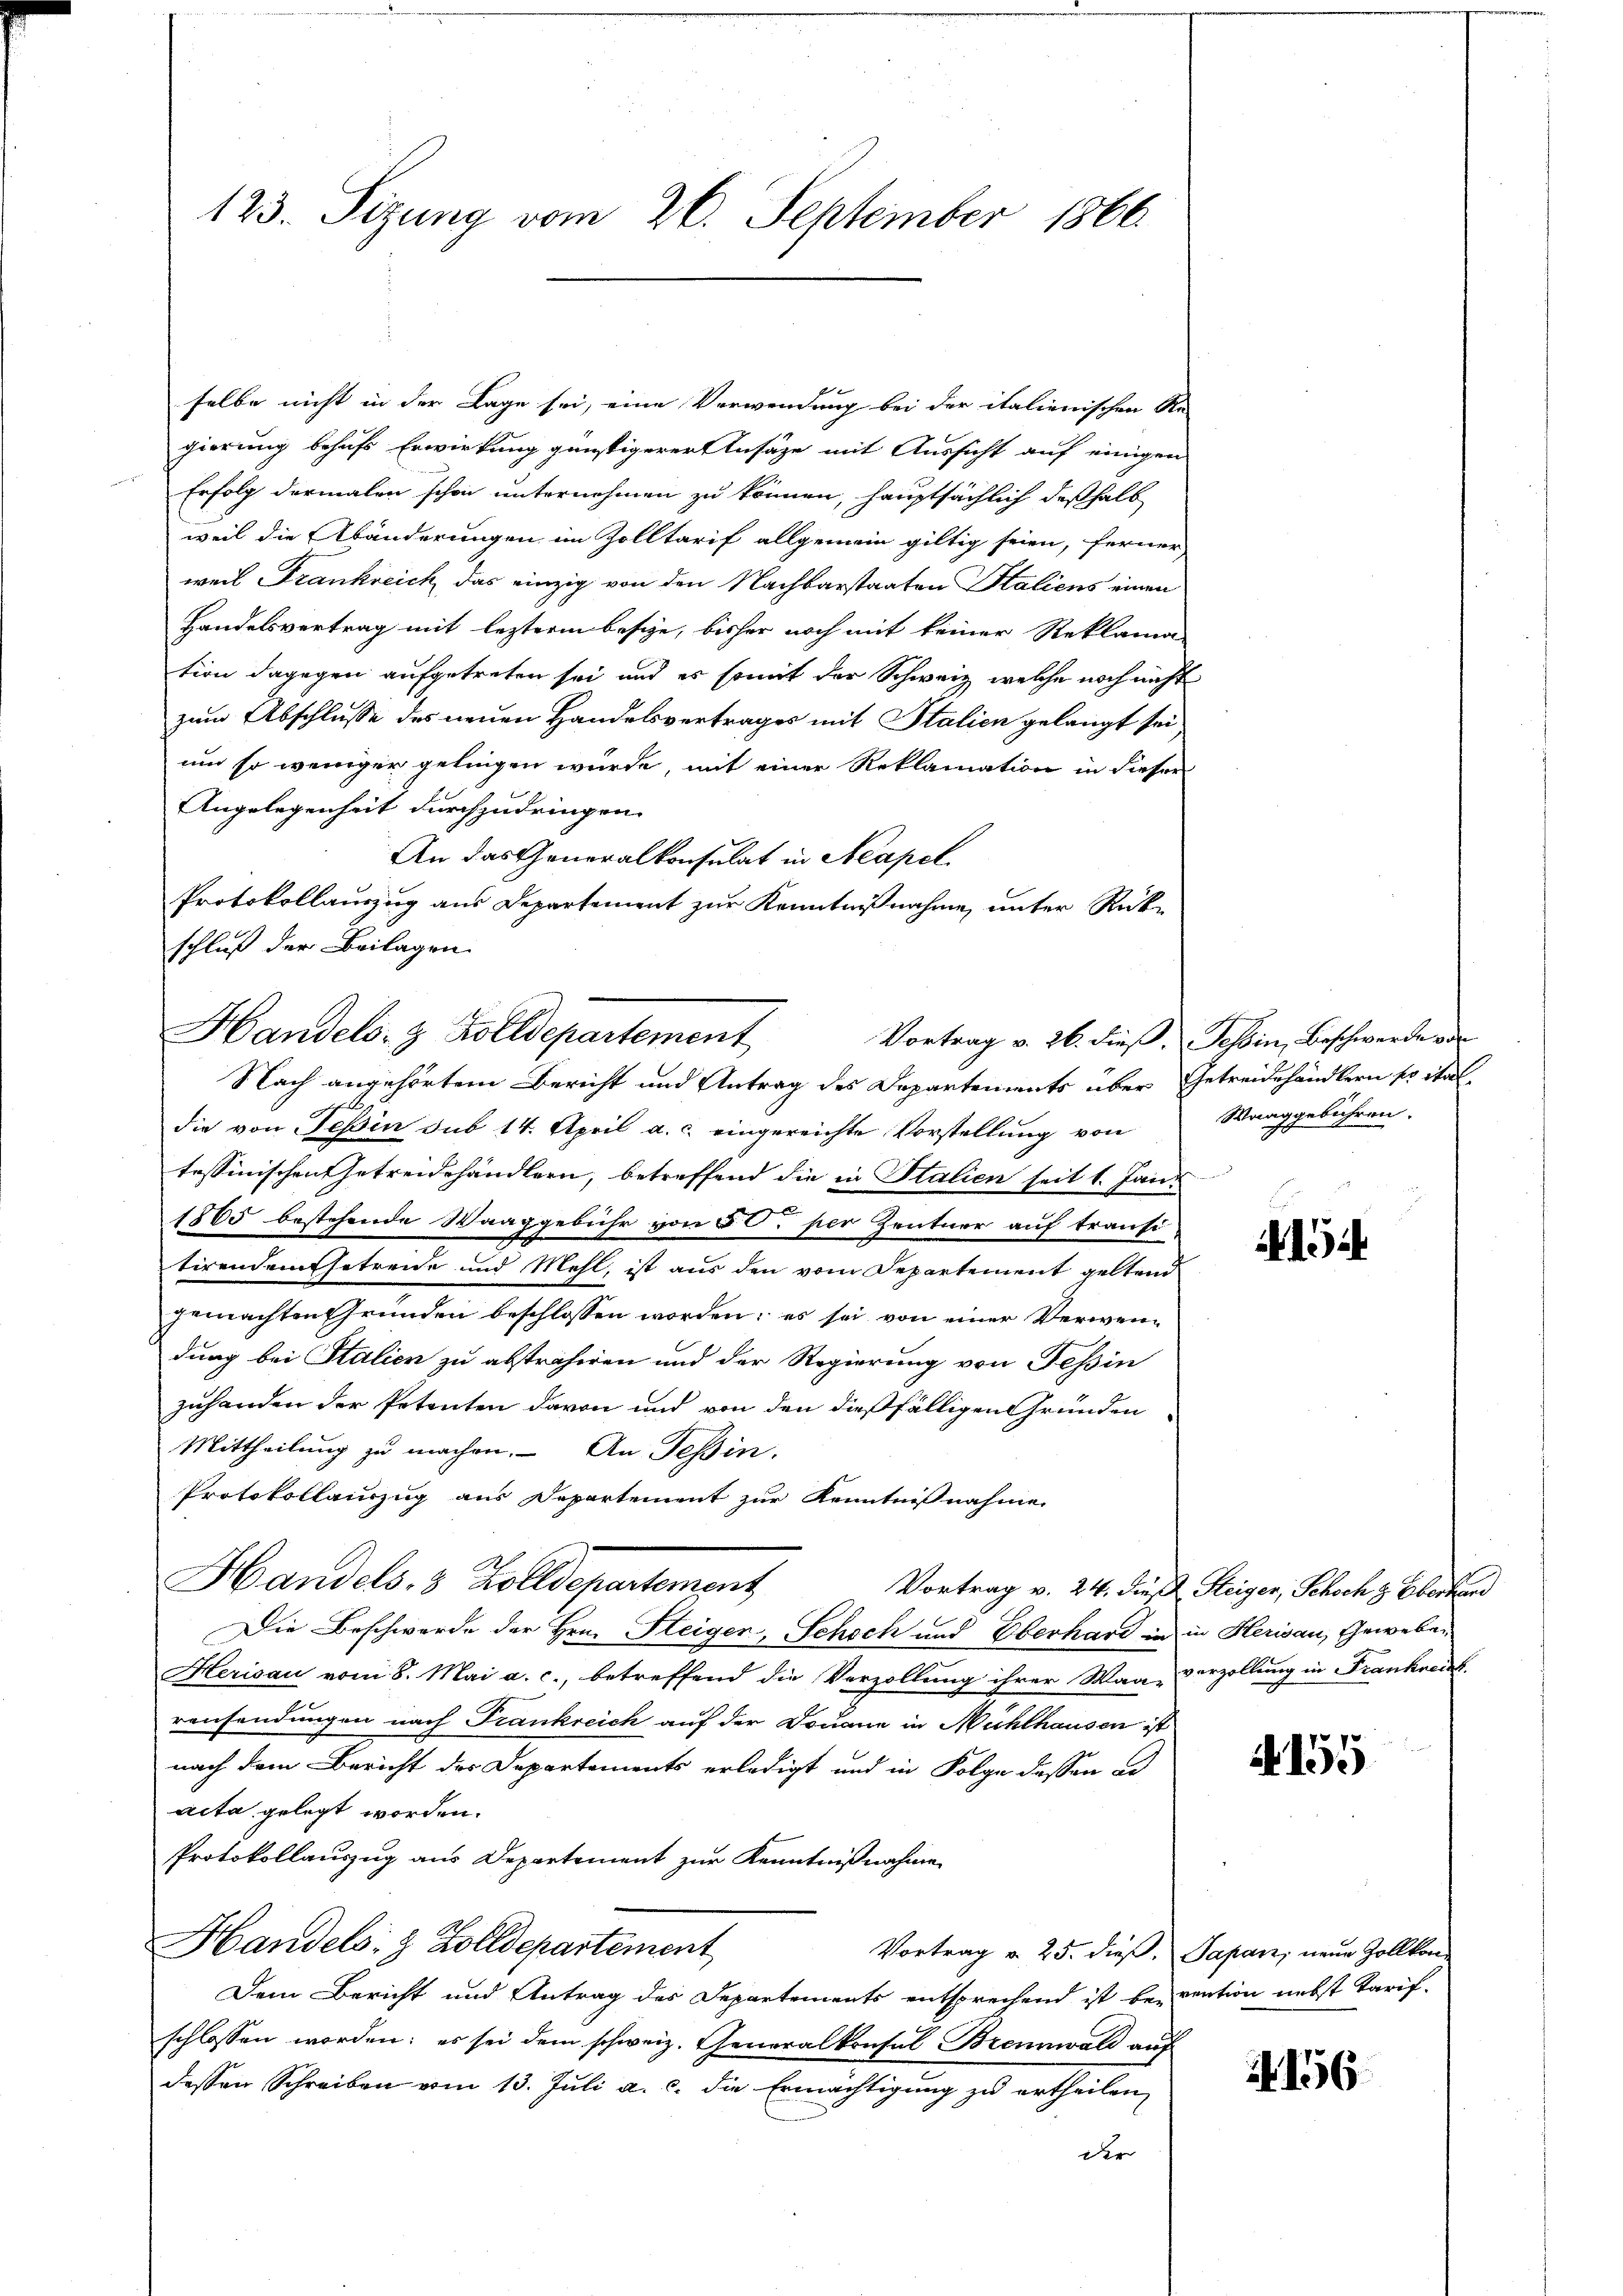
123. Sizung vom 26. September 1866

selbe nicht in der Lage sei, eine Verwendung bei der italienischen Re-
gierung behufs Erwirkung günstigerer Ansäze mit Aussicht auf einigen
Erfolg dermalen schon unternehmen zu können, hauptsächlich deßhalb
weil die Abänderungen im Zolltarif allgemein giltig seien, ferner
weil Frankreich das einzig von den Nachbarstaaten Staliens einen
Handelsvertrag mit lezterm besize, bisher noch mit keiner Reklama-
tion dagegen aufgetreten sei und es somit der Schweiz, welche noch nicht
zum Abschlusse des neuen Handelsvertrages mit Stalien gelangt sei,
um so weniger gelingen würde, mit einer Reklamation in dieser
Angelegenheit durchzudringen.
An das Generalkonsulat in Neapel
Protokollauszug aus Departement zur Kenntnißnahme, unter Rück-
schluß der Beilagen.
die von Tessin sub 14. April a. c. eingereichte Vorstellung von
tessinischen Getreidehändlern, betreffend die in Stalien seit 1. Jan.
1865 bestehende Waaggebühr von § 6. per Zentner auf trausi
tirendem Getreide und Mehl, ist aus den vom Departement geltend
gemachten Gründen beschlossen worden; es sei von einer Verwendung bei Stalien zu abstrahiren und der Regierung von Tessin
zuhanden der Petenten davon und von den dießfälligen Gründen
Mittheilung zu machen. An Teßin.
Protokollauszug aus Departement zur Kenntnisnahme
Handels. 8 Zolldepartement,
Die Beschwerde der Hrn. Steigen, Schoch und Oberhard in in Herisau, Gewebe¬
Herisau vom 8. Mai a. c., betreffend die Verzollung ihrer Wag verzollung in Frankreich
ransendungen nach Frankreich auf der Douane in Mühlhausen ist
nach dem Bericht des Departements erledigt und in Folge dessen ad
acta gelegt worden.
Protokollauszug aus Departement zur Kenntnißnahme
Handels- & Zolldepartement
Vortrag v. 25. dieß. Papanz, neue Zollkom
Dem Bericht und Antrag des Departements entsprechend ist bei vention nebst Tarif-
schlossen worden; es sei dem schweiz. Generalkonsul Brennwald auf
dessen Schreiben vom 13. Juli a. c. die Ermächtigung zu ertheilen,
der

Handels- & Zolldepartement
Nach angehörtem Bericht und Antrag des Departements über Getreidehändlern er ital¬

Vortrag v. 26. dieß. Tessin, Beschwerde von
Waaggebühren.

154

Vortrag v. 24. dieß Steiger, Schoch z. Oberhand

A 155

156